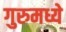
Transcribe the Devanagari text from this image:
गुरुमध्ये